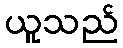
ယူသည်